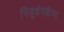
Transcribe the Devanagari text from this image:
नियूवेनकैम्प